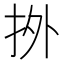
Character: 𢫑